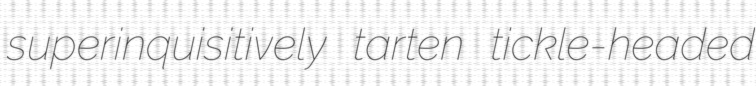
superinquisitively tarten tickle-headed